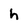
Character: h